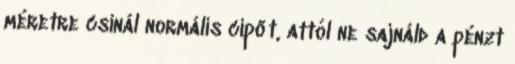
méretre csinál normális cipőt, attól ne sajnáld a pénzt